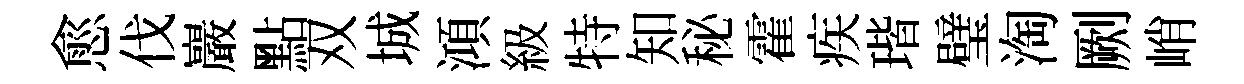
愈伐巖點双城澒級特知秘霍疾瑎璧淘劂峭